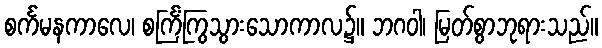
စင်္ကမနကာလေ၊ စင်္ကြံကြွသွားသောကာလ၌။ ဘဂဝါ၊ မြတ်စွာဘုရားသည်။